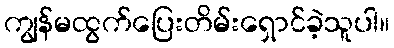
ကျွန်မထွက်ပြေးတိမ်းရှောင်ခဲ့သူပါ။